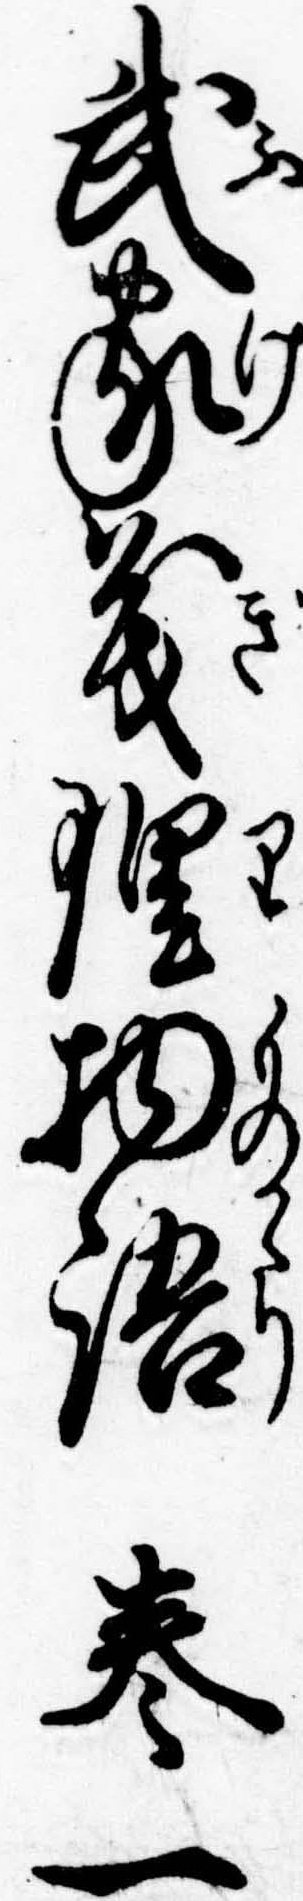
武家義理物語巻一